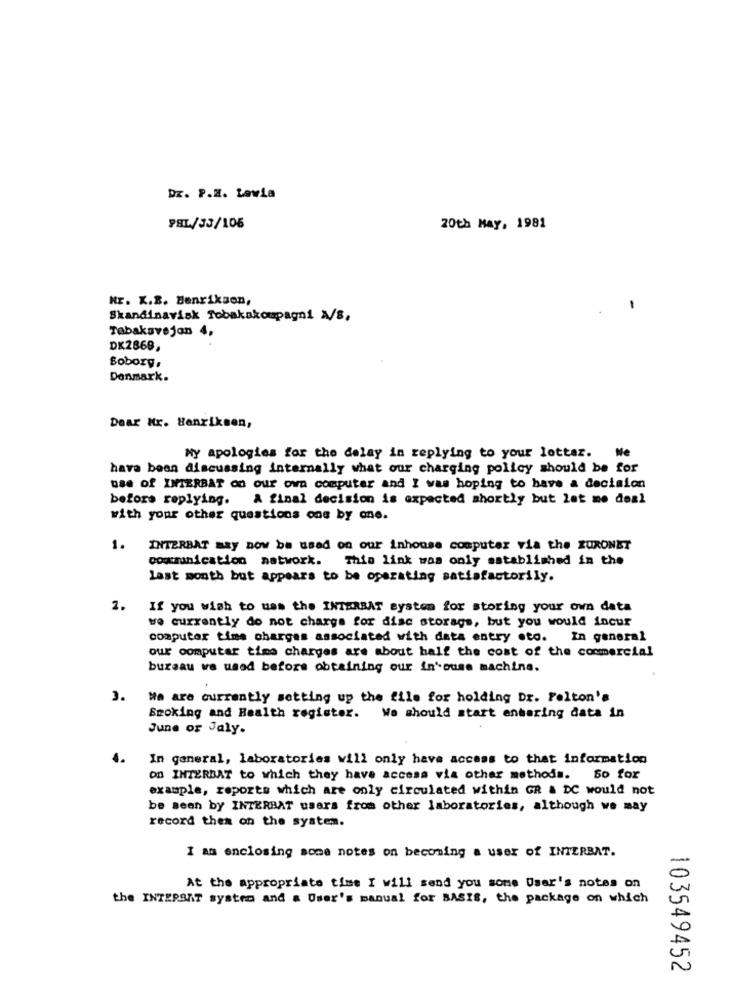
DE. P.2. Lavia
98L/33/106
20th May, 1981
Nr. K.B. Henrikson,
Skandinavisk Tobakskompagni N/8,
Tabaksvejan 4,
DK2869,
Boborg,
Denmark.
Dear Mr. Henriksen,
My apologies for the delay in replying to your lottaz.
Ne
have been discussing internally what our charging policy should be for
use of INTERBAT on our own computer and I was hoping to have a decision
before replying.
A final decision is expected shortly but let me deal
with your other questions one by one.
1.
INTERBAT may DOW be used on our inhouse computer via the EURONET
communication network. This link was only established in the
last month but appears to be operating satisfactorily.
2.
If you wish to uss the INTERBAT system for storing your own data
we currently do not charge for disc storage, but you would incur
computer time charges associated with data entry sto. In general
our computar tina charges are about half the cost of the commercial
bureau we used before obtaining our in' ouse machine.
3.
We are currently setting up the file for holding Dr. Felton's
Smoking and Health register. We should start entering data in
June or Jaly.
4.
In general, laboratories will only have access to that information
on INTERDAT to which they have access via other methods. So for
example, reports which are only circulated within GR & DC would not
be seen by INTERBAT users from other laboratories, although we may
record thes on the system.
I am enclosing some notes on becoming a user of INTERBAT.
At the appropriate time I will send you some Usar's notes on
the INTERSAT system and a User's manual for BASIS, the package on which
03549452